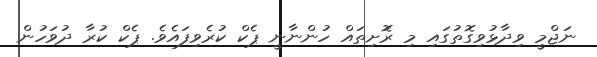
ނަޖްމީ ވިދާޅުވިގޮތުގައި މި ރޮަށިތައް ހުންނާނީ ޕެކް ކުރެވިފައެވެ. ޕެކް ކުރާ ދުވަހުން